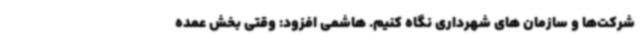
شرکت‌ها و سازمان های شهرداری نگاه کنیم. هاشمی افزود: وقتی بخش عمده